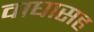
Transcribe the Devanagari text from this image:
वाघासह